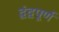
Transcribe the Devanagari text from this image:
द्वंद्वपूर्ण